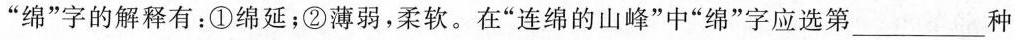
”绵”字的解释有：①绵延；②薄弱，柔软。在”连绵的山峰”中”绵”字应选第___种